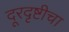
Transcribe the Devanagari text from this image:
दूरदृष्टीचा